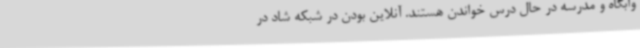
وابگاه و مدرسه در حال درس خواندن هستند. آنلاین بودن در شبکه شاد در